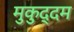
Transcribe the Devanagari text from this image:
मुकुद्दम